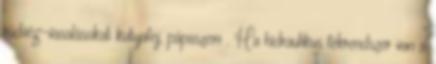
rúdvég-vasalásokat kutyafej, pápaszem . Ha hidraulikus fékrendszer van a